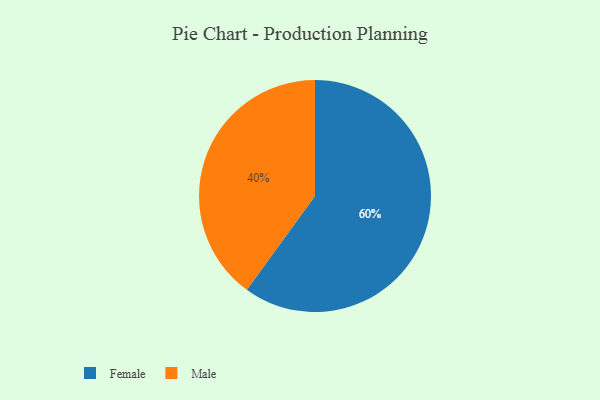
{"axis": {"x": "Category", "y": "Percentage"}, "legend": ["Female", "Male"], "data": [{"x": "Male", "y": 40, "type": "Male"}, {"x": "Female", "y": 60, "type": "Female"}]}